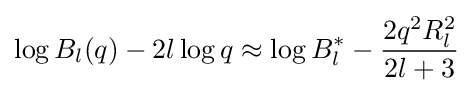
\log B_{l}(q)-2l\log q\approx \log B_{l}^{*}-{\frac {2q^{2}R_{l}^{2}}{2l+3}}